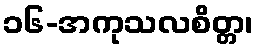
၁၆-အကုသလစိတ္တ၊